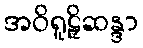
အဝိရူဠှိဆန္ဒာ